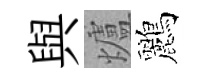
與爐鸝